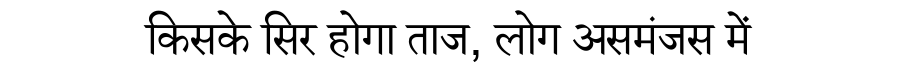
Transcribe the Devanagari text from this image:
किसके सिर होगा ताज, लोग असमंजस में